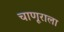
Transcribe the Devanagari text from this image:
चाणूराला